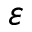
\varepsilon